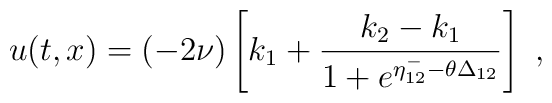
u(t,x) = (-2\nu) \left[k_1 + \frac{k_2 - k_1}{1 + e^{\eta^-_{12} -\theta\Delta_{12}}}\right]\,\,,